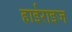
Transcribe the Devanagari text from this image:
हाईराइज